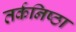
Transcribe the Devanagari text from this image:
तर्कनिष्ठा